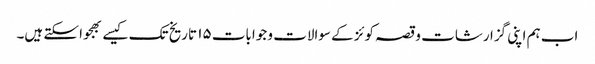
اب ہم اپنی گزارشات و قصہ کوئز کے سوالات و جوابات ۱۵ تاریخ تک کیسے بھجوا سکتے ہیں۔